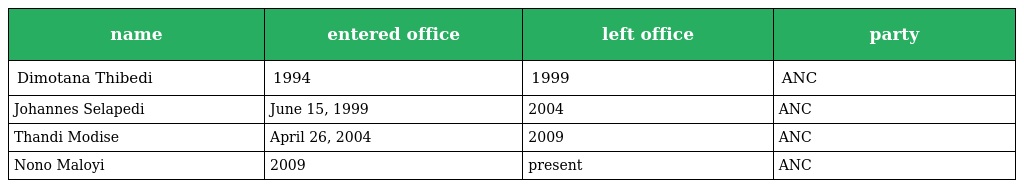
| name | entered office | left office | party |
 | --- | --- | --- | --- |
 | Dimotana Thibedi | 1994 | 1999 | ANC |
 | Johannes Selapedi | June 15, 1999 | 2004 | ANC |
 | Thandi Modise | April 26, 2004 | 2009 | ANC |
 | Nono Maloyi | 2009 | present | ANC |